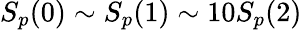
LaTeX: S_{p}(0)\sim S_{p}(1)\sim 10S_{p}(2)